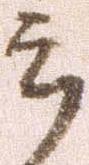
郎